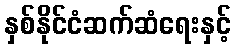
နှစ်နိုင်ငံဆက်ဆံရေးနှင့်